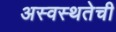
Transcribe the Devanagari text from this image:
अस्वस्थतेची